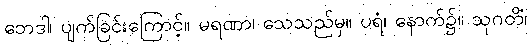
ဘေဒါ၊ ပျက်ခြင်းကြောင့်။ မရဏာ၊ သေသည်မှ။ ပရံ၊ နောက်၌။ သုဂတိံ၊